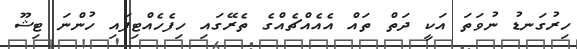
ހިރުގަނޑު ނުވަތަ އަކީ ދަތް ތައް އެއެއްޗެއްގެ ތެރޭގައި ހިފެހެއްޓިފައި ހުންނަ ޓިޝޫ